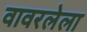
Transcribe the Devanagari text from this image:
वावरलेला